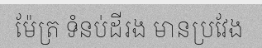
ម៉ែត្រ ទំនប់ដីរង មានប្រវែង